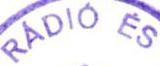
RÁDIÓ ÉS TELEVIZIÓ